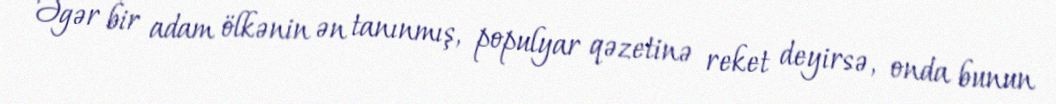
Əgər bir adam ölkənin ən tanınmış, populyar qəzetinə reket deyirsə, onda bunun